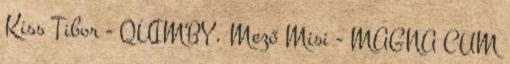
Kiss Tibor - QUIMBY, Mező Misi - MAGNA CUM